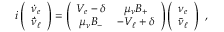
i \left( \begin{array} { l } { { \dot { \nu } _ { e } } } \\ { { \dot { \bar { \nu } _ { \ell } } } } \end{array} \right) = \left( \begin{array} { c c } { { V _ { e } - \delta } } & { { \mu _ { \nu } B _ { + } } } \\ { { \mu _ { \nu } B _ { - } } } & { { - V _ { \ell } + \delta } } \end{array} \right) \left( \begin{array} { c } { { \nu _ { e } } } \\ { { \bar { \nu } _ { \ell } } } \end{array} \right) ~ ,